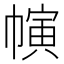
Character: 𢄨